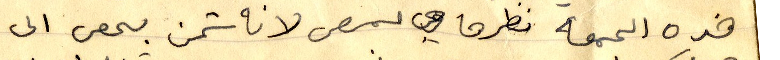
هذه الجمعه نطرو حمص لانه شحن بحص الى